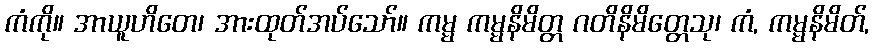
ကံကို။ အာယူဟိတေ၊ အားထုတ်အပ်သော်။ ကမ္မ ကမ္မနိမိတ္တ ဂတိနိမိတ္တေသု၊ ကံ, ကမ္မနိမိတ်,